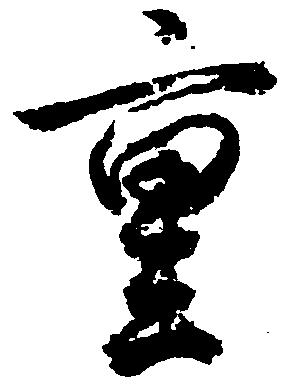
重